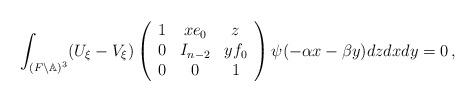
LaTeX: \begin{align*}\int_{(F\backslash \mathbb{A})^3} (U_\xi - V_\xi) \left( \begin{array}{ccc} 1 & x e_0 & z \\0 & I_{n-2} & y f_0 \\ 0 & 0 & 1 \end{array}\right) \psi(-\alpha x-\beta y) d z d x d y =0\,,\end{align*}